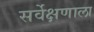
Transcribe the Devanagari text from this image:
सर्वेक्षणाला